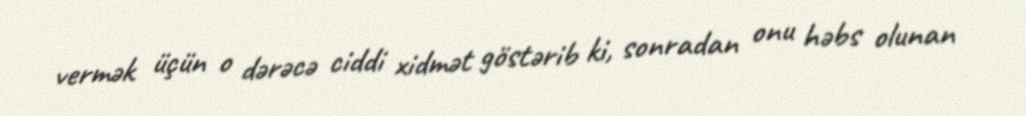
vermək üçün o dərəcə ciddi xidmət göstərib ki, sonradan onu həbs olunan